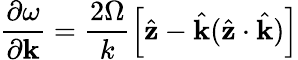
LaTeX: \frac{\partial\omega}{\partial\mathbf{k}}=\frac{2\Omega}{k}\left[\hat{\mathbf{z}}-\hat{\mathbf{k}}(\hat{\mathbf{z}}\cdot\hat{\mathbf{k}})\right]